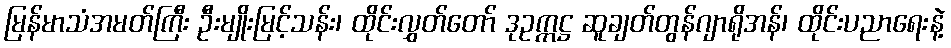
မြန်မာသံအမတ်ကြီး ဦးမျိုးမြင့်သန်း၊ ထိုင်းလွှတ်တော် ဒုဥက္ကဋ္ဌ ဆူချတ်တွန်ဂျာရိုအန်၊ ထိုင်းပညာရေးနဲ့